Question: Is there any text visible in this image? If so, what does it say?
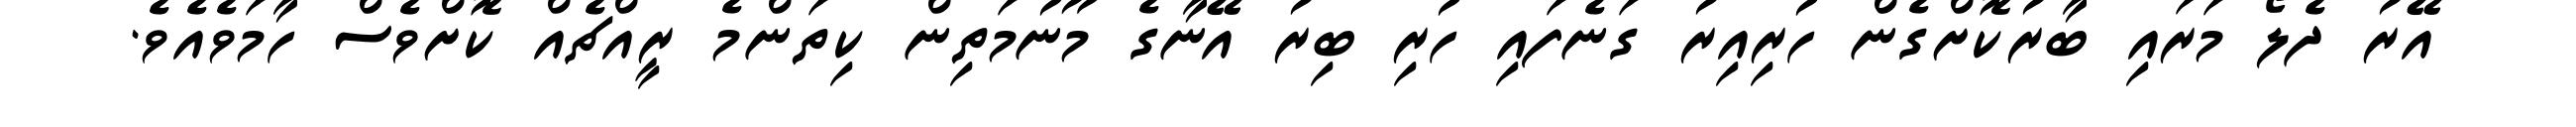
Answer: އޭރު ދެލޯ މަރައި ބާރުކޮށްގެން ހުރިއިރު ގަނެފައި ހުރި ބިރު އޭނާގެ މޫނުމަތިން ކިތަންމެ ރީއްޗެއް ކޮށްވެސް ހާމަވެއެވެ.